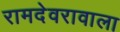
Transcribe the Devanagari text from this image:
रामदेवरावाला